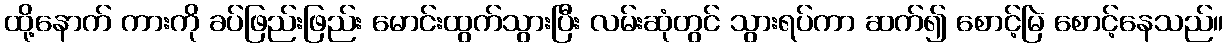
ထို့နောက် ကားကို ခပ်ဖြည်းဖြည်း မောင်းထွက်သွားပြီး လမ်းဆုံတွင် သွားရပ်ကာ ဆက်၍ စောင့်မြဲ စောင့်နေသည်။